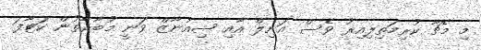
މި މެޗާ ކުރިމަތިލިއިރު ވެސް އަނިލް އާއި ޝިއުނާޒް ވަނީ މުބާރާތުން ކަޓާފަ